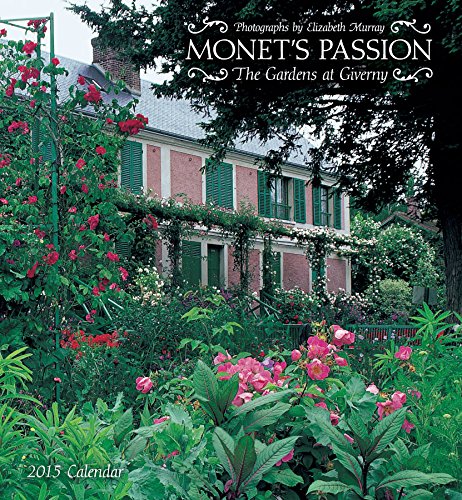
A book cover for Monet's Passion 2015 Calendar: The Gardens at Giverny; Calendars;